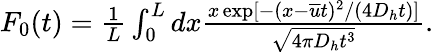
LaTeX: \begin{array}{r}{F_{0}(t)=\frac{1}{L}\int_{0}^{L}dx\frac{x\exp[-(x-\overline{u}t)^{2}/(4D_{h}t)]}{\sqrt{4\pi D_{h}t^{3}}}.}\end{array}